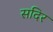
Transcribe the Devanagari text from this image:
सदिर